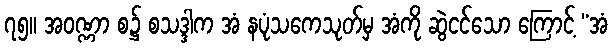
၇၅။ အဝဏ္ဏာ စ၌ စသဒ္ဒါက အံ နပုံသကေသုတ်မှ အံကို ဆွဲငင်သော ကြောင့် “အံ